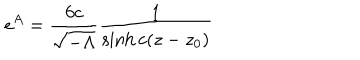
e ^ { A } = \frac { 6 c } { { \sqrt { - \Lambda } } } \frac { 1 } { \sinh c ( z - z _ { 0 } ) }